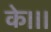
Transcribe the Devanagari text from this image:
के।।।